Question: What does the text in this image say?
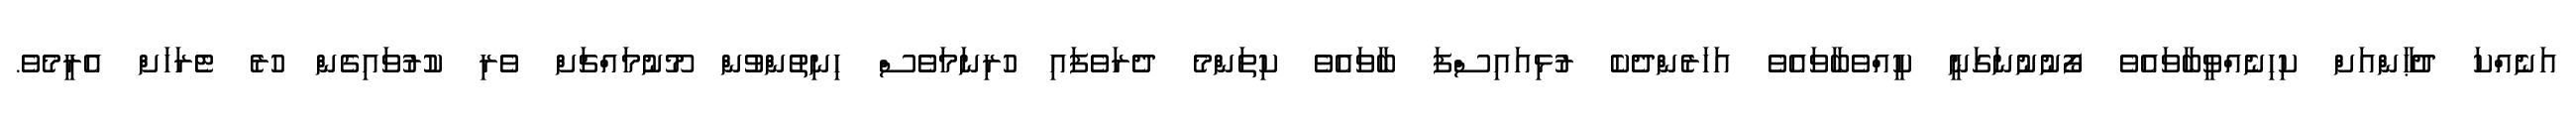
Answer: އަނެއްކަ ދުޙާންއަށް ކިހިނެއްވީބާވައެވެ ފޯނުނުނަގަނީ ކީއްވެބާވައެވެ އަހަރެންދެކެ ރުޅިއައިސްފަ ބާވައެވެ ކިތަންމެ ދެރަވެފައި ހުރިނަމަވެސް ހިނިތުންވުން މޫނުމައްޗަށް ވެރި ކުރުވައިގެން ހުރެ ޓެރަހަށް އެރީމެވެ.